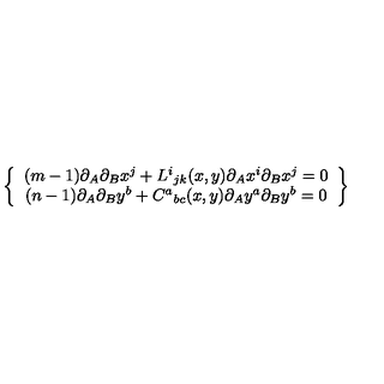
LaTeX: \left\{ \begin{array} { c } { ( m - 1 ) \partial _ { A } \partial _ { B } x ^ { j } + L ^ { i } { } _ { j k } ( x , y ) \partial _ { A } x ^ { i } \partial _ { B } x ^ { j } = 0 } \\ { ( n - 1 ) \partial _ { A } \partial _ { B } y ^ { b } + C ^ { a } { } _ { b c } ( x , y ) \partial _ { A } y ^ { a } \partial _ { B } y ^ { b } = 0 } \\ \end{array} \right\}